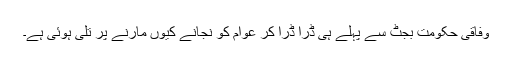
وفاقی حکومت بجٹ سے پہلے ہی ڈرا ڈرا کر عوام کو نجانے کیوں مارنے پر تلی ہوئی ہے۔